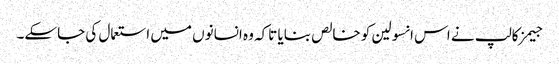
جیمز کالپ نے اس انسولین کو خالص بنایا تاکہ وہ انسانوں‌ میں‌ استعمال کی جاسکے۔